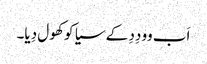
اَب وو دِدِ کے سیا کو کھول دِیا۔